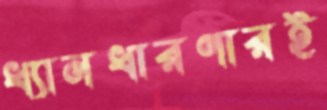
ধ্যানধারণারই